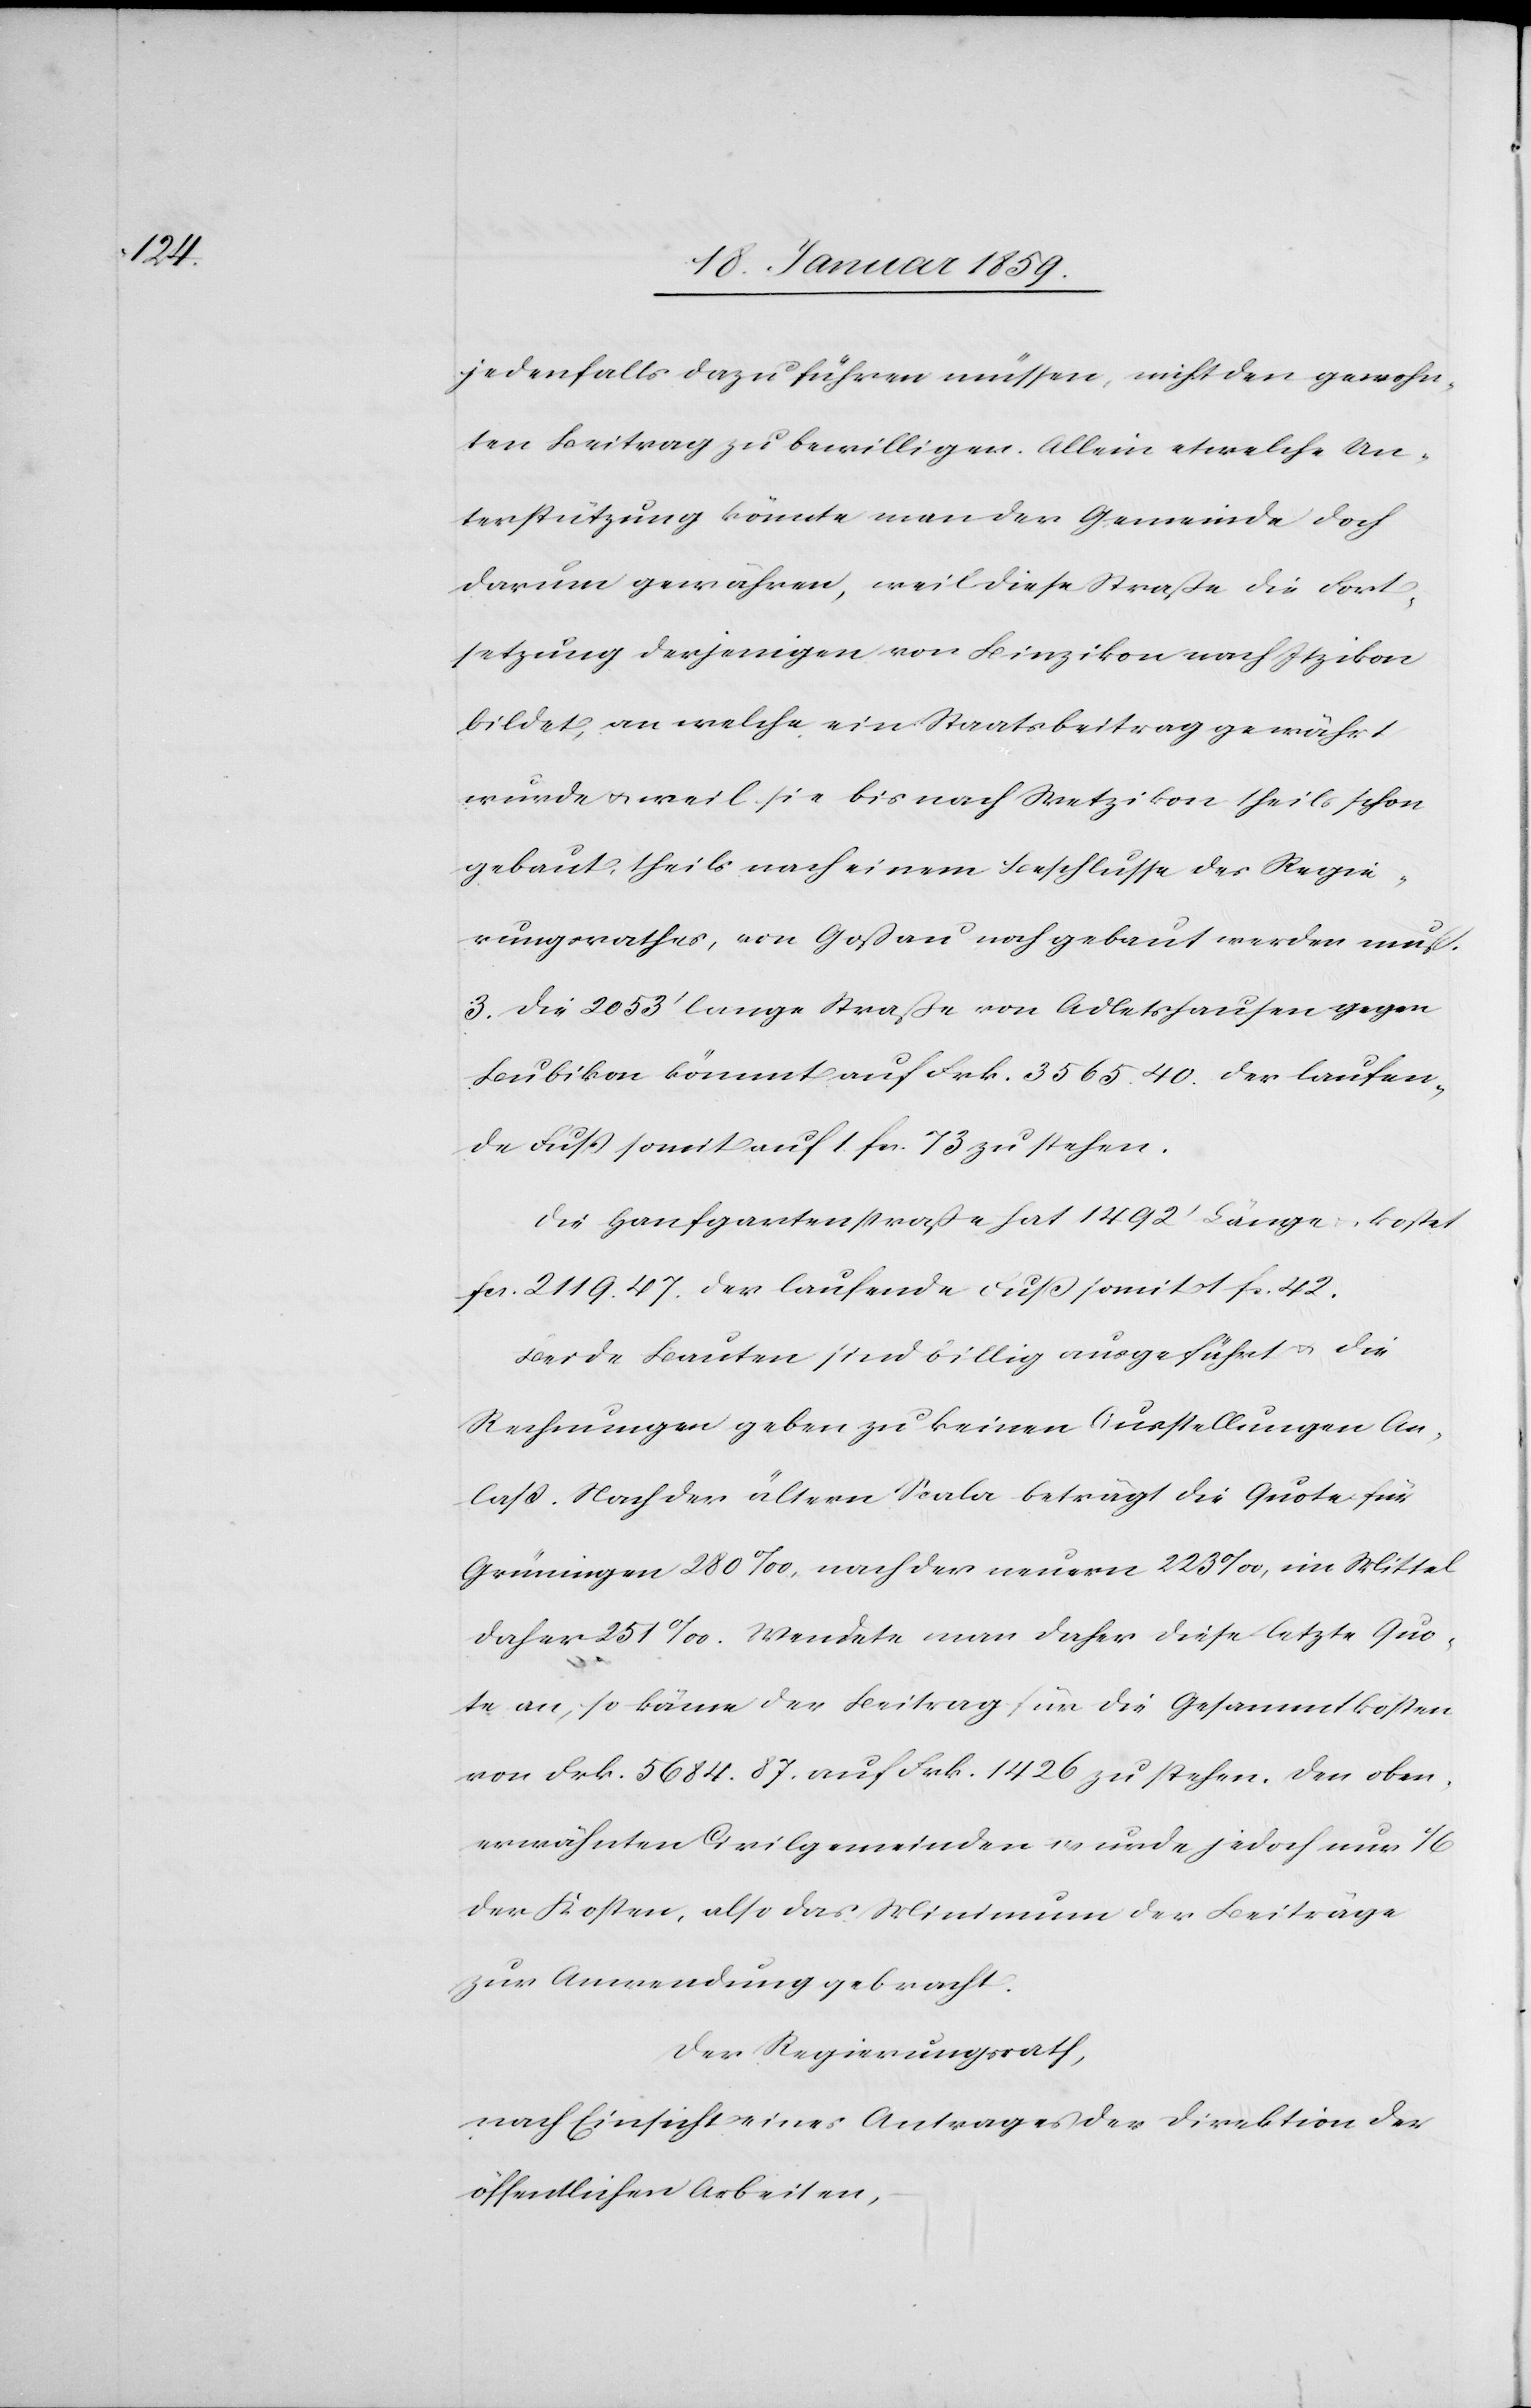
jedenfalls dazu führen müssen, nicht den gewohn¬
ten Beitrag zu bewilligen. Allein etwelche Un¬
terstützung könnte man der Gemeinde doch
darum gewähren, weil diese Straße die Fort¬
setzung derjenigen von Binzikon nach Itzikon
bildet, an welche ein Staatsbeitrag gewährt
wurde u. weil sie bis nach Wetzikon theils schon
gebaut, theils nach einem Beschlusse des Regie¬
rungsrathes, von Goßau noch gebaut werden muß.
3. Die 2053' lange Straße von Adletshausen gegen
Bubikon kömmt auf Frk. 3565.40. der laufen¬
de Fuß somit auf 1. fcs. 73 zu stehen.
Die Hanfgartenstraße hat 1492' Länge u. kostet
fcs. 2119.47. der laufende Fuß somit 1 fc. 42.
Beide Bauten sind billig ausgeführt u. die
Rechnungen geben zu keinen Ausstellungen An¬
laß. Nach der ältern Scala beträgt die Quote für
Grüningen 280 ‰, nach der neuern 223 ‰, ein Mittel
daher 251 ‰. Wendete man daher diese letzte Quo¬
te an, so käme der Beitrag für die Gesammtkosten
von Frk. 5684.87. auf Frk. 1426 zu stehen. Den oben¬
erwähnten Civilgemeinden wurde jedoch nur 1/6
der Kosten, also das Minimum der Beiträge
zur Anwendung gebracht.
Der Regierungsrath,
nach Einsicht eines Antrages der Direktion der
öffentlichen Arbeiten,